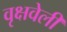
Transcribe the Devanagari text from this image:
वृक्षवेली